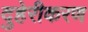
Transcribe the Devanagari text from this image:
दुहेरीकरण